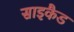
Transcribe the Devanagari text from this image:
साइकैड